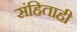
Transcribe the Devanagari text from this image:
संहिताही